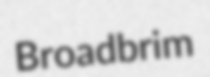
Broadbrim